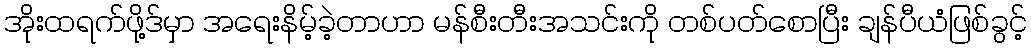
အိုးထရက်ဖို့ဒ်မှာ အရေးနိမ့်ခဲ့တာဟာ မန်စီးတီးအသင်းကို တစ်ပတ်စောပြီး ချန်ပီယံဖြစ်ခွင့်